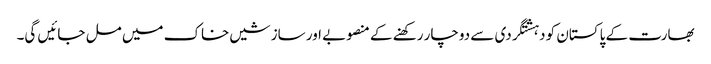
بھارت کے پاکستان کو دہشتگردی سے دوچار رکھنے کے منصوبے اور سازشیں خاک میں مل جائیں گی۔